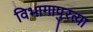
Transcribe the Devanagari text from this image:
विभागापुरत्या